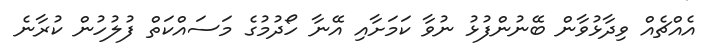
އެއްޗެއް ވިދާޅުވާން ބޭނުންފުޅު ނުވާ ކަމަށާއި އޭނާ ހޯދުމުގެ މަސައްކަތް ފުލުހުން ކުރާނެ